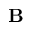
\textbf { B }